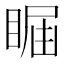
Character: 𥇤